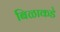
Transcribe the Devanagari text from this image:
बिळाकडे